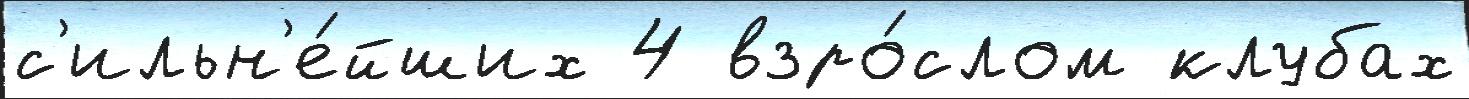
с'ильн'е́йших 4 взро́слом клубах